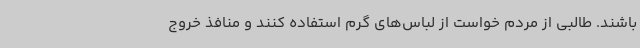
باشند. طالبی از مردم خواست از لباس‌های گرم استفاده کنند و منافذ خروج